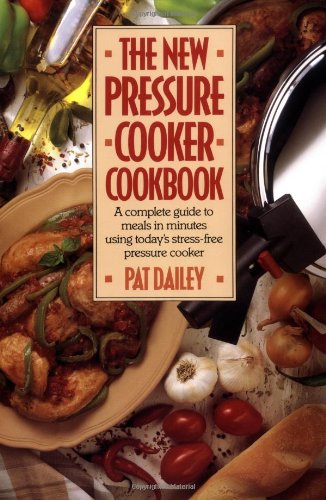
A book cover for The New Pressure Cooker Cookbook; Pat Dailey; Cookbooks, Food & Wine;